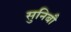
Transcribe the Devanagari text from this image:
सुनिबौ